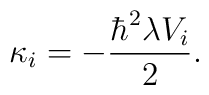
\kappa_{i}=-\frac {\hbar^{2}\lambda V_{i}}{2}.